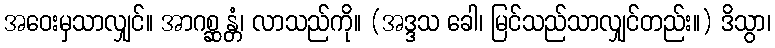
အဝေးမှသာလျှင်။ အာဂစ္ဆန္တံ၊ လာသည်ကို။ (အဒ္ဒသ ခေါ၊ မြင်သည်သာလျှင်တည်း။) ဒိသွာ၊